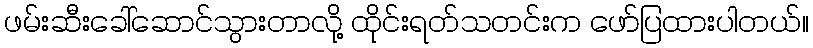
ဖမ်းဆီးခေါ်ဆောင်သွားတာလို့ ထိုင်းရတ်သတင်းက ဖော်ပြထားပါတယ်။